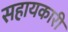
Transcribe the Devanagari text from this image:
सहायकारी